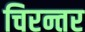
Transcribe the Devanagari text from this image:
चिरन्तर